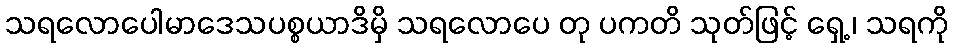
သရလောပေါမာဒေသပစ္စယာဒိမှိ သရလောပေ တု ပကတိ သုတ်ဖြင့် ရှေ့ ၊ သရကို